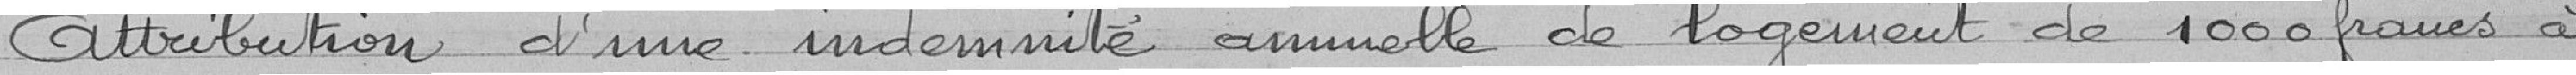
Attribution d'une indemnité annuelle de logement de 1 000 francs à